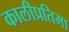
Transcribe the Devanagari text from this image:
कालीप्रतिमा